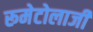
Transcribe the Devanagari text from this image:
रूमेटोलाजी